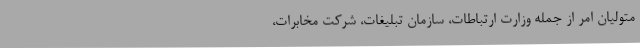
متولیان امر از جمله وزارت ارتباطات، سازمان تبلیغات، شرکت مخابرات،